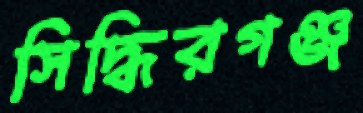
সিদ্ধিরগঞ্জ